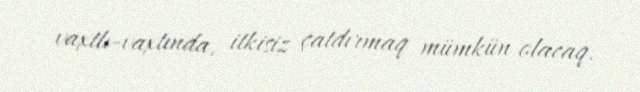
vaxtlı-vaxtında, itkisiz çatdırmaq mümkün olacaq.